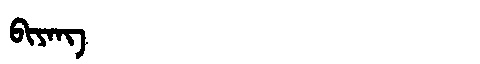
Manchu: ᠪᡳᠶᠠᠩ
Romanization: BIYANG